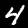
Label: 4